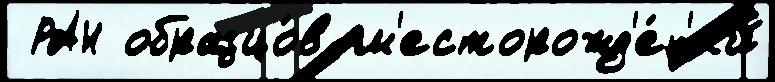
 РАН образцо́в м'есторожд'е́н'ий